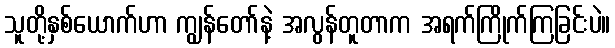
သူတို့နှစ်ယောက်ဟာ ကျွန်တော်နဲ့ အလွန်တူတာက အရက်ကြိုက်ကြခြင်းပဲ။